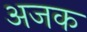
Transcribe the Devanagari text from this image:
अजक